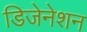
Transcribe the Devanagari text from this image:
डिजेनेशन